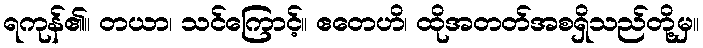
ရကုန်၏။ တယာ၊ သင်ကြောင့်။ ဧတေဟိ၊ ထိုအတတ်အစရှိသည်တို့မှ။